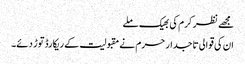
مجھے نظر کرم کی بھیک ملے
ان کی قوالی تاجدار حرم نے مقبولیت کے ریکارڈ توڑ دئے۔